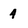
Character: 4